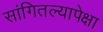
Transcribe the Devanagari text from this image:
सांगितल्यापेक्षा